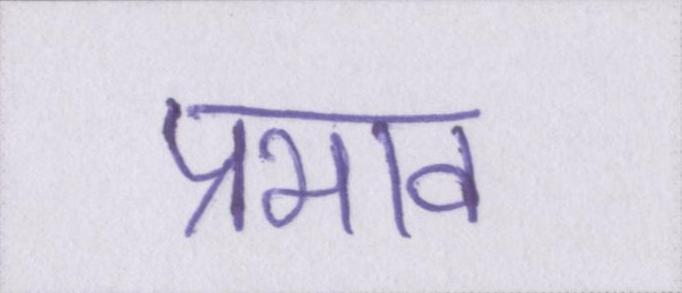
प्रभाव